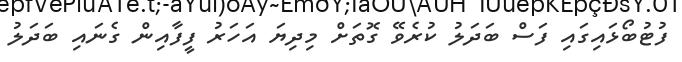
ފުޓުބޯޅައިގައި ފަސް ބަދަލު ކުރެވޭ ގޮތަށް މިދިޔަ އަހަރު ފީފާއިން ގެނައި ބަދަލު